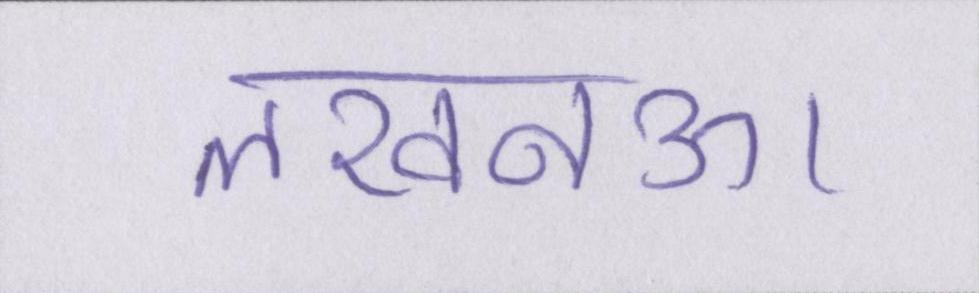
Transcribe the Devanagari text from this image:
लखनऊ।